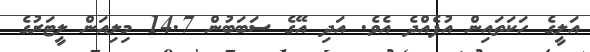
އަލީގެ ހަކަތައިން އުފެއްދެ އެވެ. އަދި އޭގެ ސަބަބުން 14.7 މިލިއަން ލީޓަރުގެ